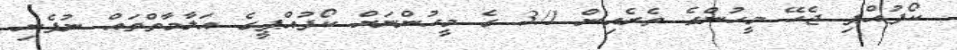
ކޯފުއްޕި ޖެހޭ މީހުންގެ ތެރެއިން 3/1 ގެ މީހުންނަށް ކޯފުއްޕީގެ އަލާމާތްތައް ނުފެނި